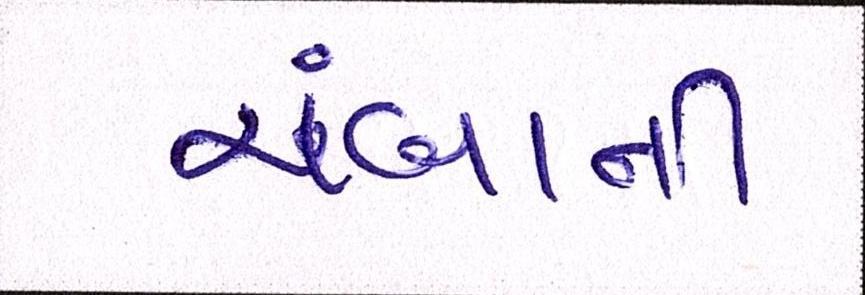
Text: ચંબાની